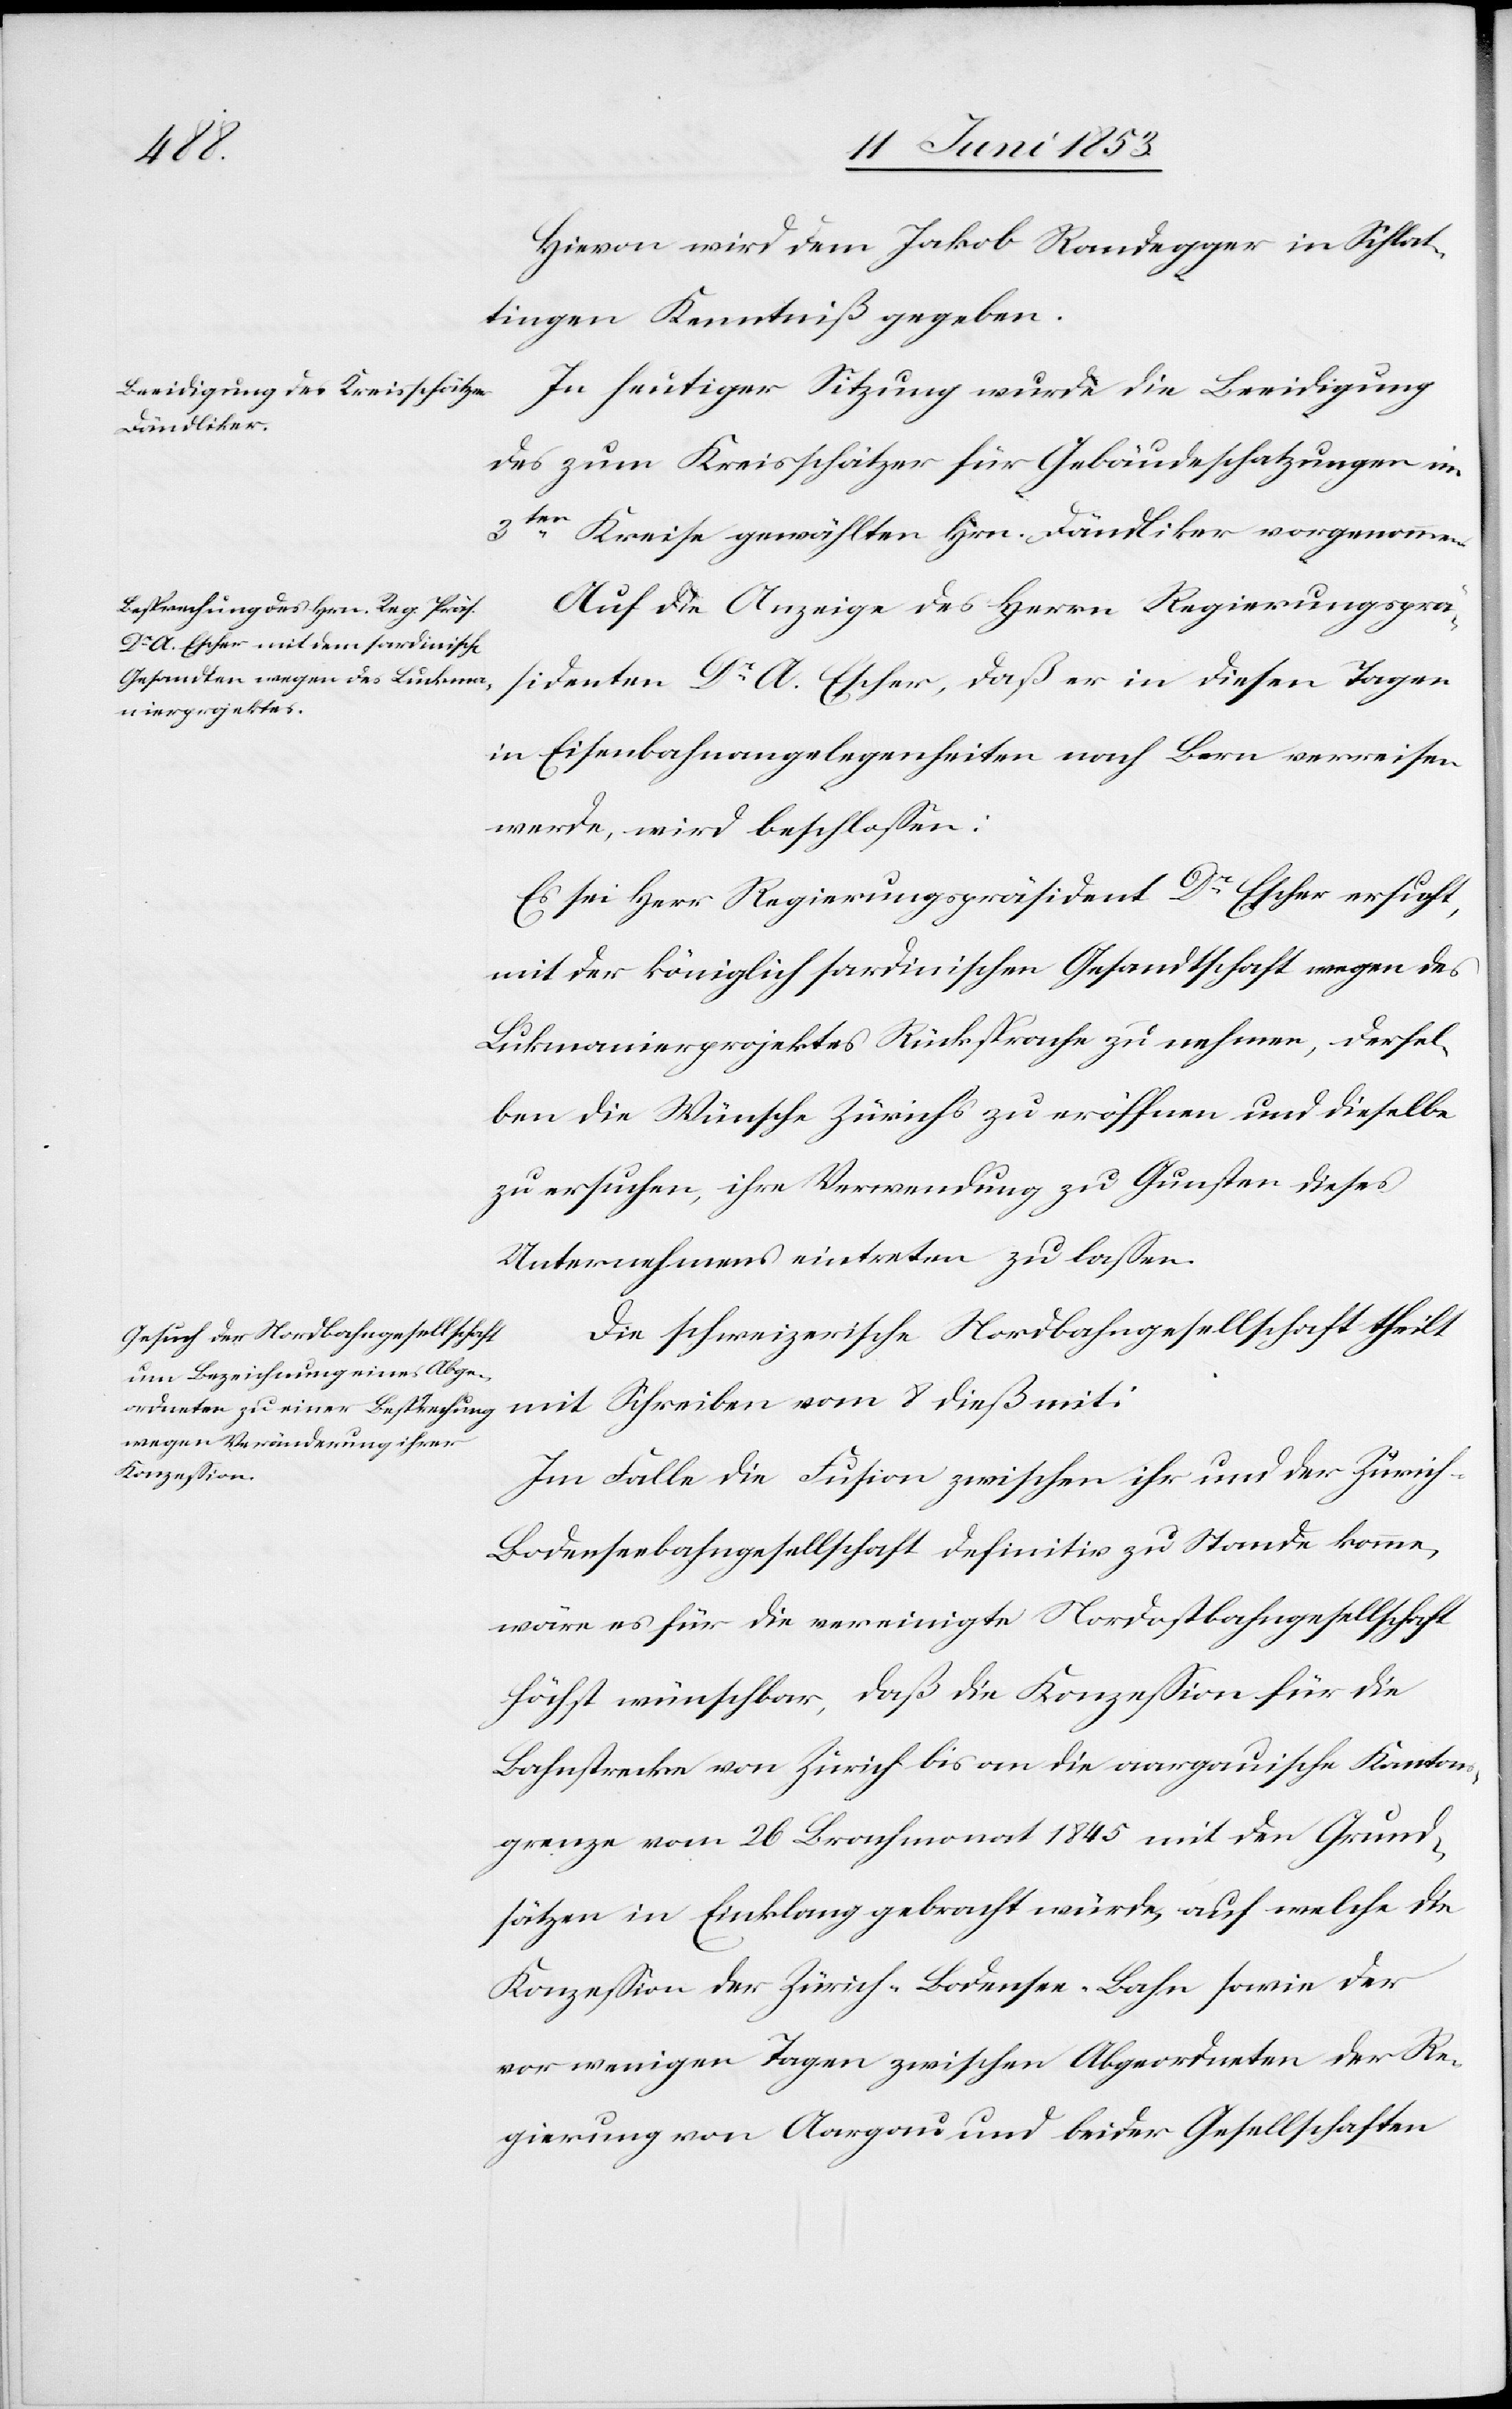
Hievon wird dem Jakob Randegger in Schlat¬
tingen Kenntniß gegeben.
In heutiger Sitzung wurde die Beeidigung
des zum Kreisschätzer für Gebäudeschatzungen im
3ten. Kreise gewählten Hrn. Dändliker vorgenommen.
Auf die Anzeige des Herrn Regierungsprä¬
sidenten Dr. A. Escher, daß er in diesen Tagen
in Eisenbahnangelegenheiten nach Bern verreisen
werde, wird beschloßen:
Es sei Herr Regierungspräsident Dr. Escher ersucht,
mit der königlich sardinischen Gesandtschaft wegen des
Lukmanierprojektes Rücksprache zu nehmen, dersel¬
ben die Wünsche Zürichs zu eröffnen und dieselbe
zu ersuchen, ihre Verwendung zu Gunsten dieses
Unternehmens eintreten zu laßen.
Die schweizerische Nordbahngesellschaft theilt
mit Schreiben vom 8 dieß mit:
Im Falle die Fusion zwischen ihr und der Züric¬
h-Bodenseebahngesellschaft definitiv zu Stande komme,
wäre es für die vereinigte Nordbahngesellschaft
höchst wünschbar, daß die Konzeßion für die
Bahnstrecke von Zürich bis an die aargauische Kantons¬
grenze vom 26 Brachmonat 1845 mit dem Grund¬
sätzen in Einklang gebracht würde, auf welche die
Konzeßion der Zürich-Bodensee-Bahn sowie der
vor wenigen Tagen zwischen Abgeordneten der Re¬
gierung von Aargau und beider Gesellschaften